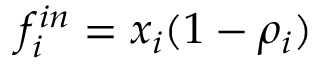
f _ { i } ^ { i n } = x _ { i } ( 1 - \rho _ { i } )